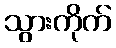
သွားကိုက်